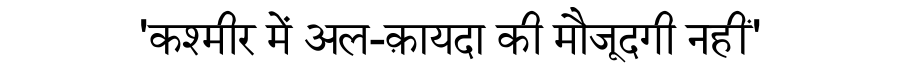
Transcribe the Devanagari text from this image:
'कश्मीर में अल-क़ायदा की मौजूदगी नहीं'